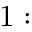
1 :